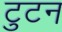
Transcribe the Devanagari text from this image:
टुटन